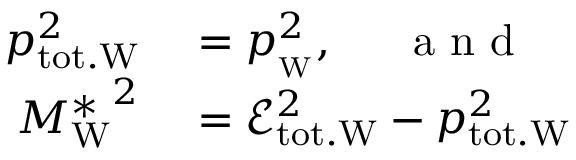
\begin{array} { r l } { p _ { \mathrm { t o t . W } } ^ { 2 } } & { { } = p _ { \mathrm { _ W } } ^ { 2 } , \mathrm { ~ \quad ~ a ~ n ~ d ~ } } \\ { { M _ { \mathrm { W } } ^ { * } } ^ { 2 } } & { { } = \mathcal { E } _ { \mathrm { t o t . W } } ^ { 2 } - p _ { \mathrm { t o t . W } } ^ { 2 } } \end{array}